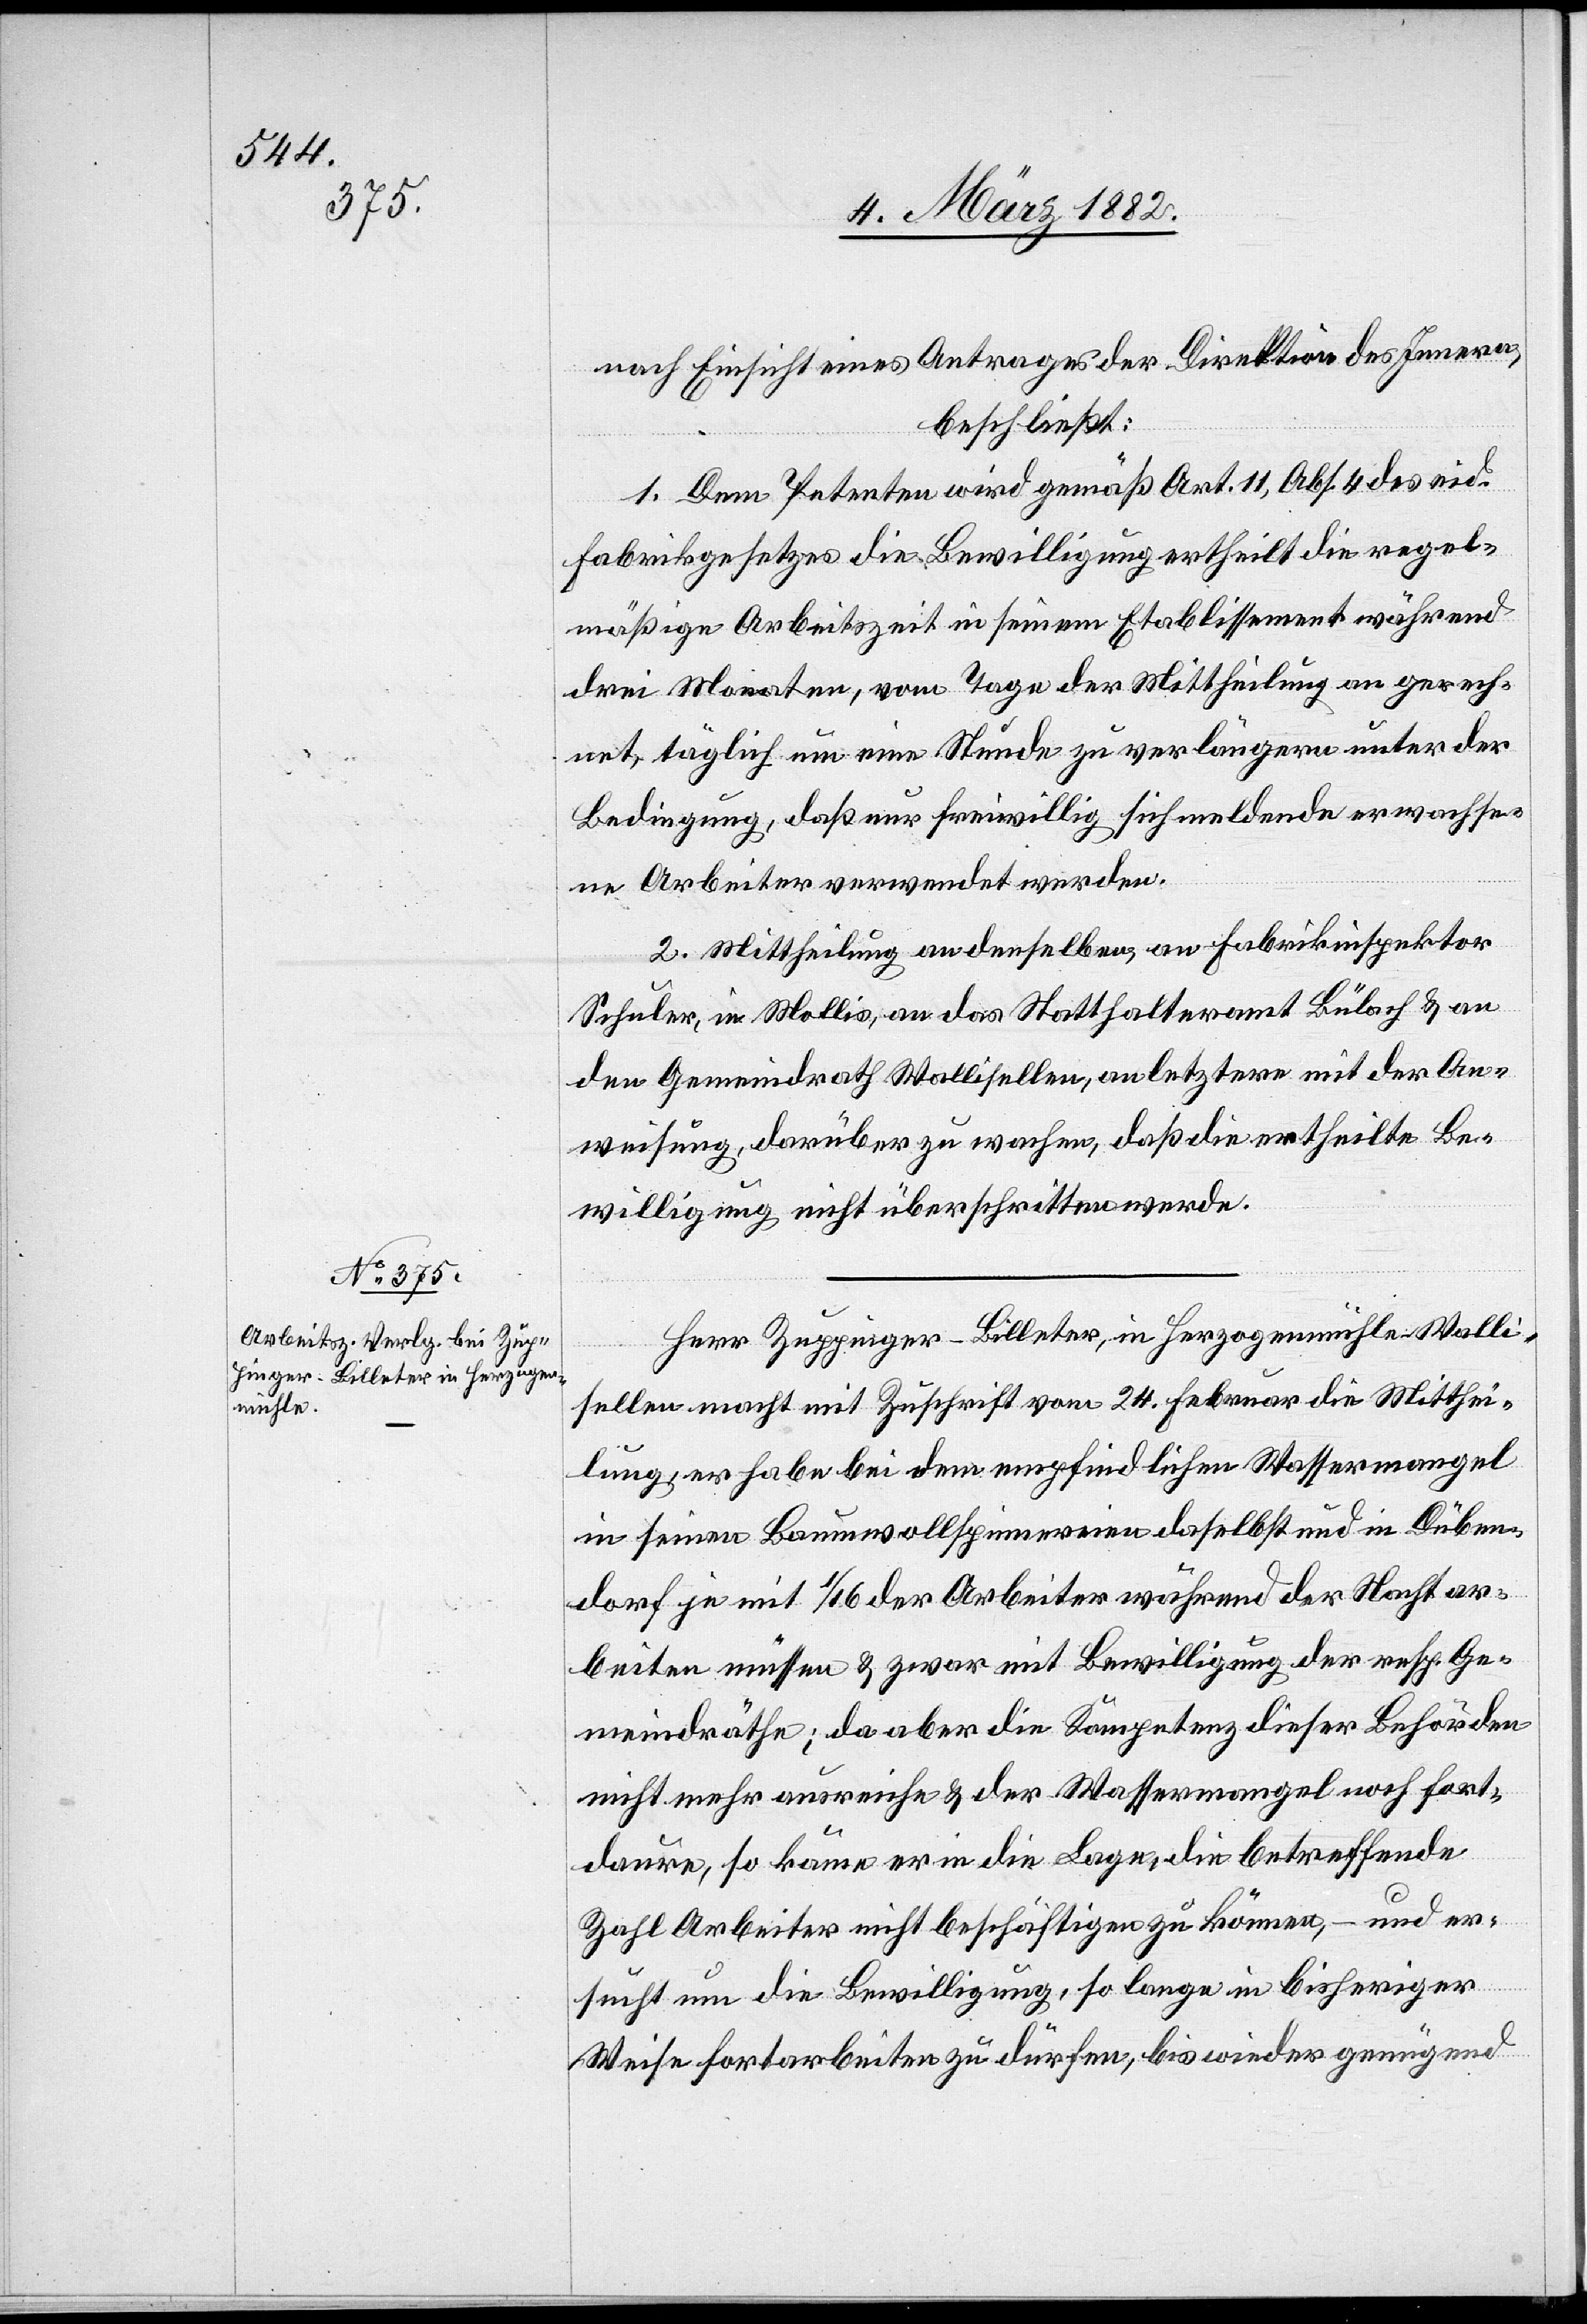
nach Einsicht eines Antrages der Direktion des Innern,
beschließt:
1. Dem Petenten wird gemäß Art. 11, Abs. 4 des eid.
Fabrikgesetzes die Bewilligung ertheilt die regel¬
mäßige Arbeitszeit in seinem Etablissemente während
drei Monaten, vom Tage der Mittheilung an gerech¬
net, täglich um eine Stunde zu verlängern unter der
Bedingung, daß nur freiwillig sich meldende erwachse¬
ne Arbeiter verwendet werden.
2. Mittheilung an denselben, an Fabrikinspektor
Schuler, in Mollis, an das Statthalteramt Bülach & an
den Gemeindrath Wallisellen, an letztern mit der An¬
weisung, darüber zu wachen, daß die ertheilte Be¬
willigung nicht überschritten werde.
Herr Zuppinger-Billeter, in Herzogenmühle - Walli¬
sellen macht mit Zuschrift vom 24. Februar die Mitthei¬
lung, er habe bei dem empfindlichen Wassermangel
in seinen Baumwollspinnereinen daselbst und in Düben¬
dorf je mit 1/16 der Arbeiter während der Nacht ar¬
beiten müssen & zwar mit Bewilligung der resp. Ge¬
meindräthe; da aber die Kompetenz dieser Behörde
nicht mehr ausreiche & der Wassermangel noch fort¬
daure, so käme er in die Lage, die betreffende
Zahl Arbeiter nicht beschäftigen zu können, – und er¬
sucht um die Bewilligung, so lange in bisheriger
Weise fortarbeiten zu dürfen, bis wieder genügend